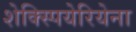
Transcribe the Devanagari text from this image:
शेक्स्पियेरियेना